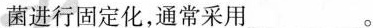
菌进行固定化，通常采用___。